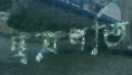
ছত্রপতি